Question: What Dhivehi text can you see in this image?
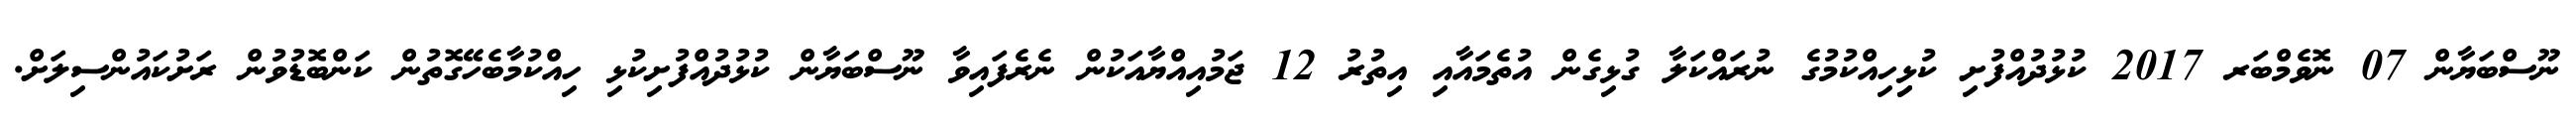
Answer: ނޫސްބަޔާން 07 ނޮވެމްބަރ 2017 ކުޅުދުއްފުށި ކުޅިިހިއްކުމުގެ ނުރައްކަލާ ގުޅިގެން އުތެމައާއި އިތުރު 12 ޖަމުއިއްޔާއަކުން ނެރެފައިވާ ނޫސްބަޔާން ކުޅުދުއްފުށިކުޅި ހިއްކުމާބެހޭގޮތުން ކަންބޮޑުވުން ރަށުކައުންސިލަށް.